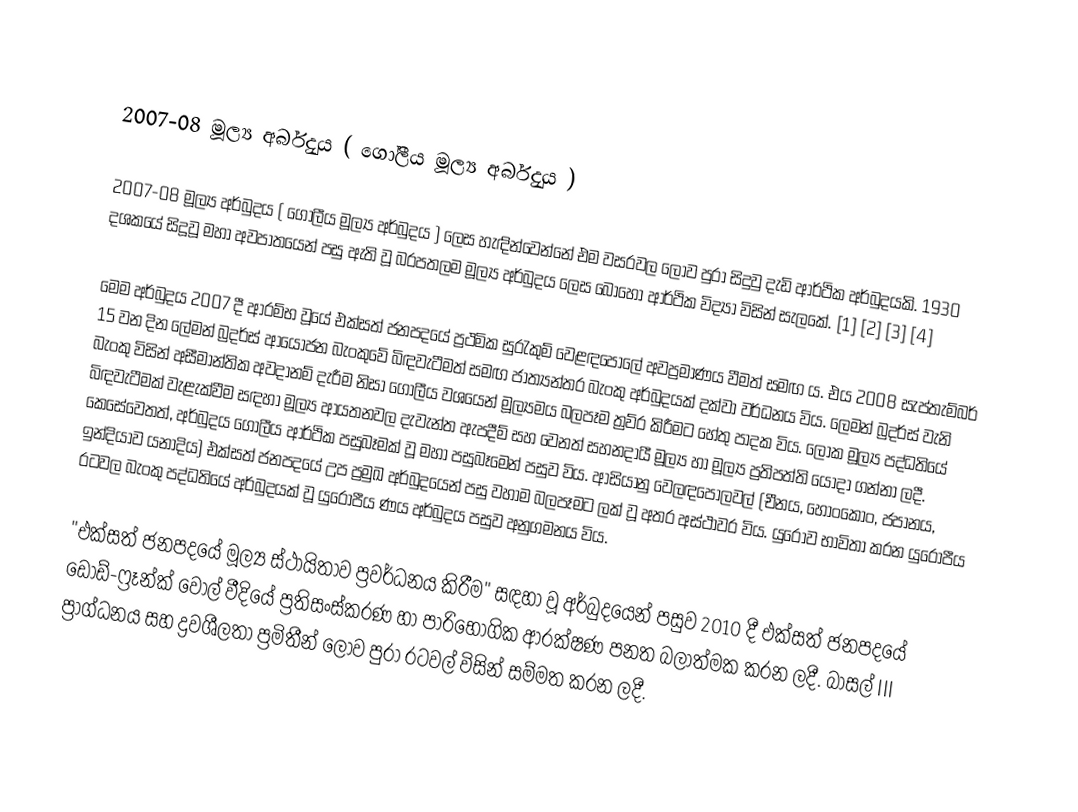

2007-08 මූල්‍ය අර්බුදය ( ගෝලීය මූල්‍ය අර්බුදය )

2007-08 මූල්‍ය අර්බුදය ( ගෝලීය මූල්‍ය අර්බුදය ) ලෙස හැඳින්වෙන්නේ එම වසරවල  ලොව පුරා සිදුවු  දැඩි ආර්ථික අර්බුදයකි. 1930 දශකයේ සිදූවූ මහා අවපාතයෙන් පසු ඇති වූ බරපතලම මූල්‍ය අර්බුදය ලෙස බොහෝ ආර්ථික විද්‍යා  විසින්   සැලකේ. [1] [2] [3] [4]     

මෙම අර්බුදය 2007 දී ආරම්භ වූයේ එක්සත් ජනපදයේ ප්‍රථමික සුරැකුම්  වෙළඳපොලේ අවප්‍රමාණය වීමත් සමඟ ය. එය 2008 සැප්තැම්බර් 15 වන දින ලේමන් බ්‍රදර්ස්  ආයෝජන බැංකුවේ බිඳවැටීමත් සමඟ ජාත්‍යන්තර බැංකු අර්බුදයක් දක්වා වර්ධනය විය.  ලෙමන් බ්‍රදර්ස් වැනි බැංකු විසින් අසීමාන්තික අවදානම් දැරීම නිසා ගෝලීය වශයෙන් මූල්‍යමය බලපෑම  ත්‍රව්ර  කිරීමට හේතු පාදක විය.  ලෝක මූල්‍ය පද්ධතියේ බිඳවැටීමක් වැළැක්වීම සඳහා මූල්‍ය ආයතනවල දැවැන්ත ඇපදීම් සහ වෙනත් සහනදායී මූල්‍ය හා මූල්‍ය ප්‍රතිපත්ති යොදා ගන්නා ලදී. කෙසේවෙතත්, අර්බුදය ගෝලීය ආර්ථික පසුබෑමක් වූ මහා පසුබෑමෙන් පසුව විය. ආසියානු වෙලඳපොලවල් (චීනය, හොංකොං, ජපානය, ඉන්දියාව යනාදිය) එක්සත් ජනපදයේ උප ප්‍රමුඛ අර්බුදයෙන් පසු වහාම බලපෑමට ලක් වූ අතර අස්ථාවර විය.  යුරෝව භාවිතා කරන යුරෝපීය රටවල බැංකු පද්ධතියේ අර්බුදයක් වූ යුරෝපීය ණය අර්බුදය පසුව අනුගමනය විය.

"එක්සත් ජනපදයේ මූල්‍ය ස්ථායිතාව ප්‍රවර්ධනය කිරීම" සඳහා වූ අර්බුදයෙන් පසුව 2010 දී එක්සත් ජනපදයේ ඩොඩ්-ෆ්‍රෑන්ක් වෝල් වීදියේ ප්‍රතිසංස්කරණ හා පාරිභෝගික ආරක්ෂණ පනත බලාත්මක කරන ලදී.  බාසල් III ප්‍රාග්ධනය සහ ද්‍රවශීලතා ප්‍රමිතීන් ලොව පුරා රටවල් විසින් සම්මත කරන ලදී.